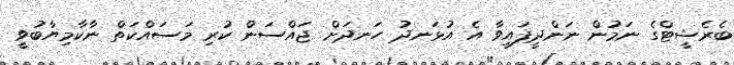
ބެރެޝީޓްގެ ނަމުން ނަންދީފައިވާ އެ އުޅަނދު ހަނދަށް ޖައްސަން ކުރި މަސައްކަތް ނާކާމިޔާބުވީ